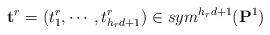
LaTeX: \begin{align*}\mathbf t^r=(t^r_1, \cdots, t^r_{h_rd+1})\in sym^{h_rd+1}(\mathbf P^1)\end{align*}